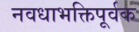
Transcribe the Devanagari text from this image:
नवधाभक्तिपूर्वक